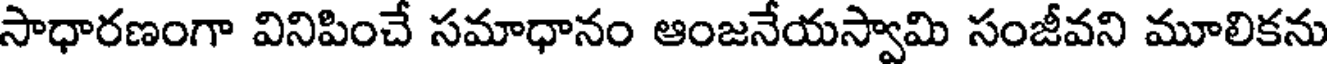
సాధారణంగా వినిపించే సమాధానం ఆంజనేయస్వామి సంజీవని మూలికను